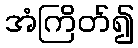
အံကြိတ်၍